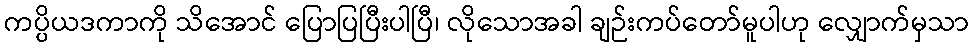
ကပ္ပိယဒကာကို သိအောင် ပြောပြပြီးပါပြီ၊ လိုသောအခါ ချဉ်းကပ်တော်မူပါဟု လျှောက်မှသာ